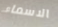
الاسماء